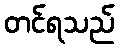
တင်ရသည်